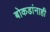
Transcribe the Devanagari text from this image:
बोकडांनाही